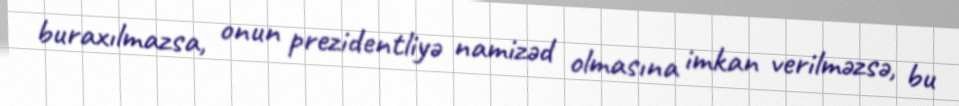
buraxılmazsa, onun prezidentliyə namizəd olmasına imkan verilməzsə, bu